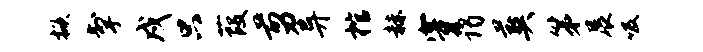
掀掣戍只葭剪异棺赫穿谒葬第展吸